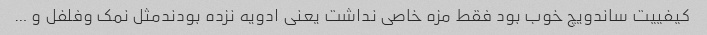
کیفییت ساندویچ خوب بود فقط مزه خاصی نداشت یعنی ادویه نزده بودندمثل نمک وفلفل و …